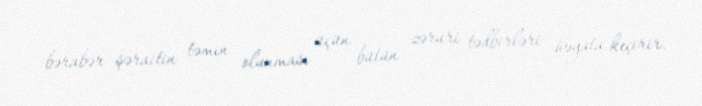
bərabər şəraitin təmin olunması üçün bütün zəruri tədbirləri həyata keçirir.